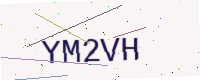
Text: YM2VH